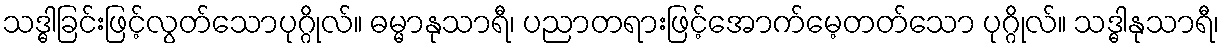
သဒ္ဓါခြင်းဖြင့်လွတ်သောပုဂ္ဂိုလ်။ ဓမ္မာနုသာရီ၊ ပညာတရားဖြင့်အောက်မေ့တတ်သော ပုဂ္ဂိုလ်။ သဒ္ဓါနုသာရီ၊